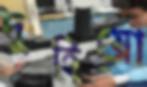
দুহিয়ো